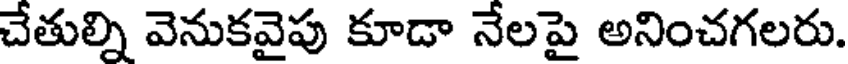
చేతుల్ని వెనుకవైపు కూడా నేలపై అనించగలరు.